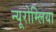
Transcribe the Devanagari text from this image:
न्यूरोम्लिया